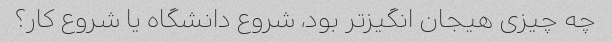
چه چیزی هیجان انگیزتر بود، شروع دانشگاه یا شروع کار؟